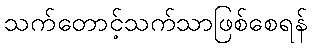
သက်တောင့်သက်သာဖြစ်စေရန်